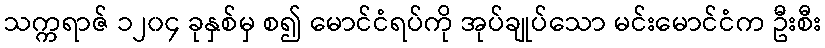
သက္ကရာဇ် ၁၂၀၄ ခုနှစ်မှ စ၍ မောင်ငံရပ်ကို အုပ်ချုပ်သော မင်းမောင်ငံက ဦးစီး